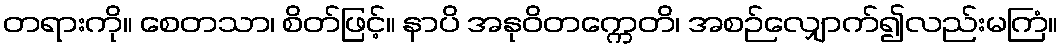
တရားကို။ စေတသာ၊ စိတ်ဖြင့်။ နာပိ အနုဝိတက္ကေတိ၊ အစဉ်လျှောက်၍လည်းမကြံ။